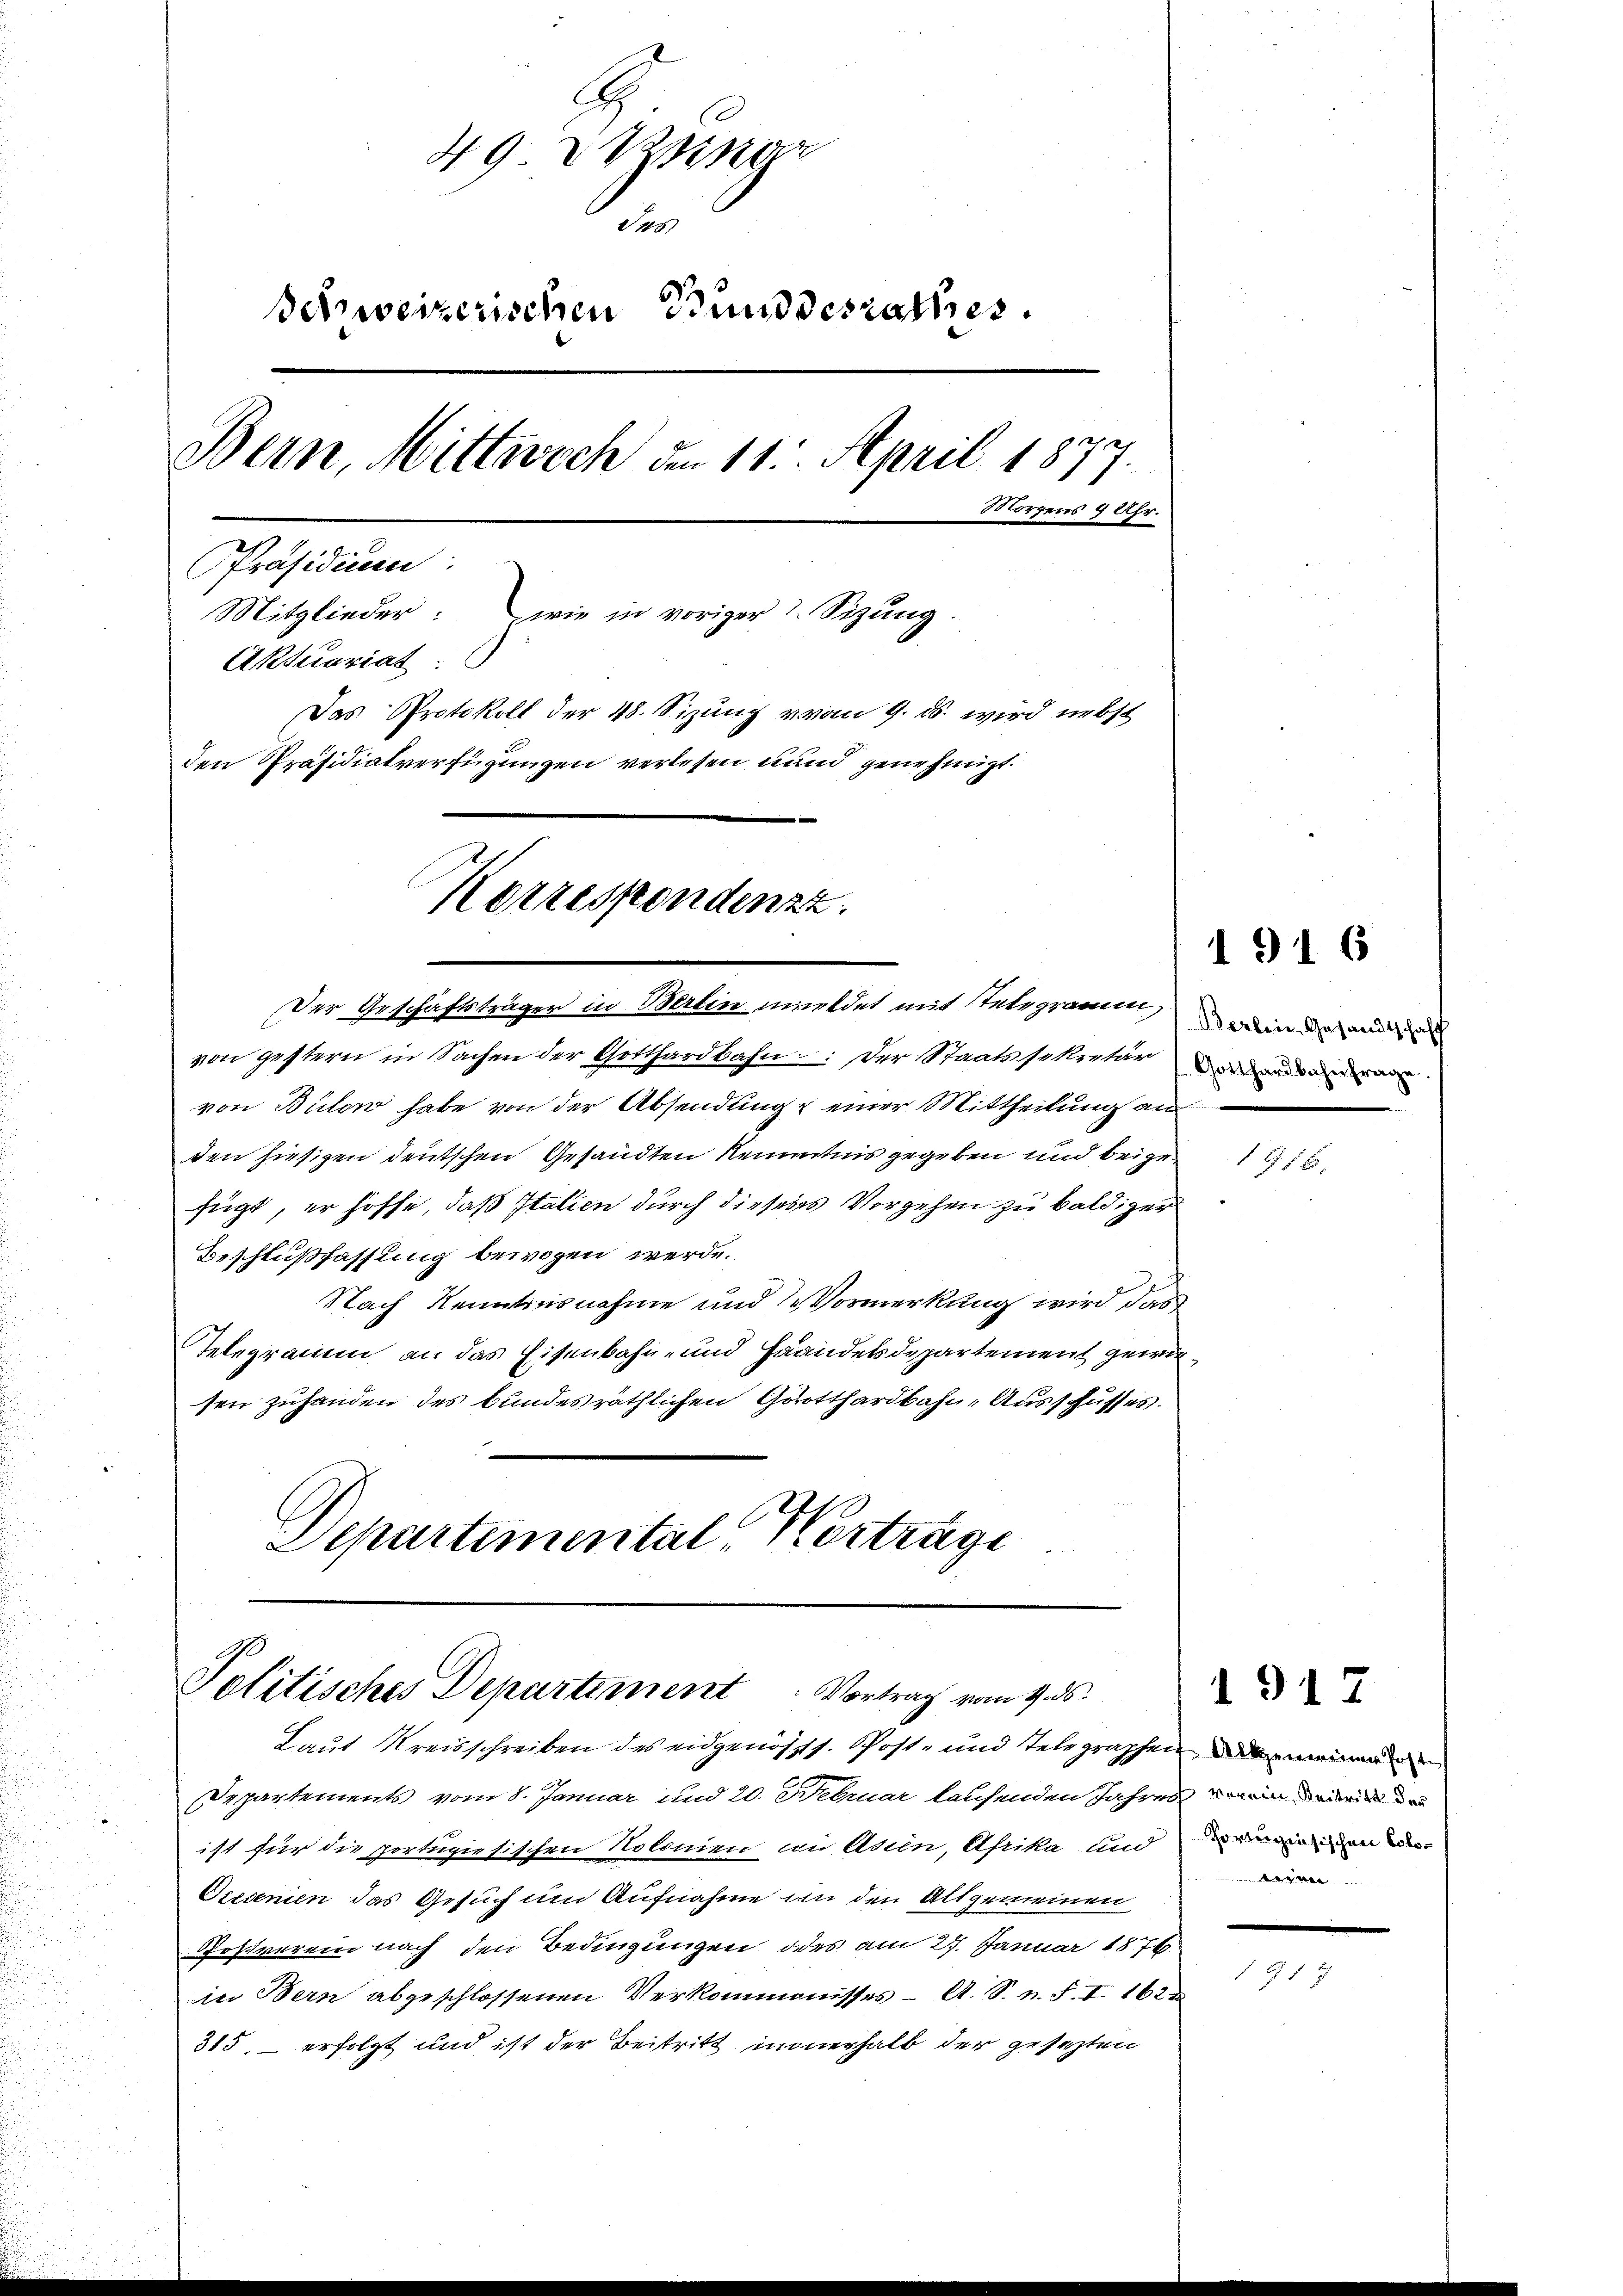
49 einer
des
Schweizerischen Bundesrathes.
Bern, Mittwoch den 11. April 187
27
Morgens 9 Uhr.
Präsidium:
Mitglieder: wie in voriger 1 Sizung.
Aktuariat
Das Protokoll der 48. Sizung vom 9. ds. wird nebst
den Präsidialverfügungen verlesen und genehmigt.
Korrespondenzz

Der Geschäftsträger in Berlin meldet mit Integramm in der und

von gestern in Sachen der Gotthardbahn.: Der Staatssekretär und den
von Bülow habe von der Absendung einer Mittheilung an
den hiesigen deutschen Gesandten Kenntnis gegeben und beigefügt, er hoffe, daß Italien durch diesens Vorgehen zu baldiger
Beschlußfassung bewogen werde.
Nach Kenntnisnahme und de Vormerkung wird das
Telegramm an das Eisenbahn- und Handelsdepartement gewiesen zuhanden des Bundesräthlichen Gotthardbahn-Ausschusses.
Departemental Verträge

Politisches Departement Vortrag vom 4. ds.

Laut Kreisschreiben des eidgenöss. Post- und Telegraphen meinen
Departements vom 8. Januar und 20. Februar lauchenden Jahres ein meine
ist für die portugiesischen Kolinien im Asien, Afrika und
Oizionien das Gesuch um Aufnahme an den Allgemeinen
Postverei nach den Bedingungen des am 27. Januar 1876
in Bern abgeschlossenen Verkommnisses - A. S. n. F. I 1623
315, – erfolgt und ist der Beitritt innerhalb der gesezten

1916

1916.

1917

hörtergiesischen Colo¬
 . . . . . .

21 f